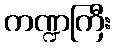
ကဏ္ဍကြီး